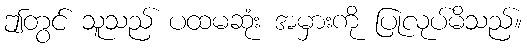
ဤတွင် သူသည် ပထမဆုံး အမှားကို ပြုလုပ်မိသည်။